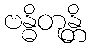
ဗန္ဓိတုန္တိ